Physical education and physical well-being, 1936
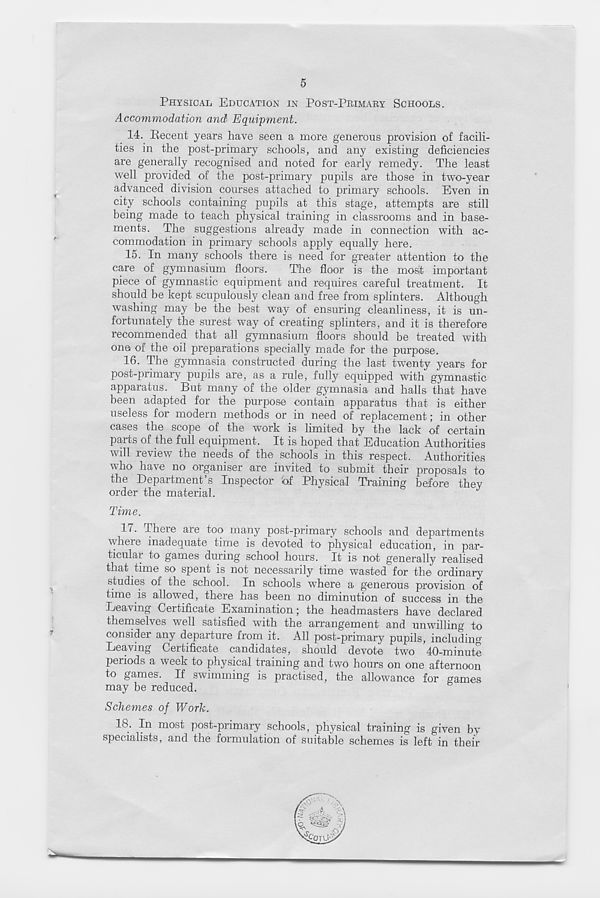
5
PHYSICAL EDUCATION IN POST-PRIMARY SCHOOLS.
Accommodation and Equipment.
14. Becent years have seen a more generous provision of facili-
ties in the post-primary schools, and any existing deficiencies
are generally recognised and noted for early remedy. The least
well provided of the post-primary pupils are those in two-year
advanced division courses attached to primary schools. Even in
city schools containing pupils at this stage, attempts are still
being made to teach physical training in classrooms and in base-
ments. The suggestions already made in connection with ac-
commodation in primary schools apply equally here.
15. In many schools there is need for greater attention to the
care of gymnasium floors.
The floor is the most important
piece of gymnastic equipment and requires careful treatment. It
should be kept scupulously clean and free from splinters. Although
washing may be the best way of ensuring cleanliness, it is un-
fortunately the surest way of creating splinters, and it is therefore
recommended that all gymnasium floors should be treated with
one of the oil preparations specially made for the purpose.
16. The gymnasia constructed during the last twenty years for
post-primary pupils are, as a rule, fully equipped with gymnastic
apparatus. But many of the older gymnasia and halls that have
been adapted for the purpose contain apparatus that is either
useless for modern methods or in need of replacement; in other
cases the scope of the work is limited by the lack of certain
parts of the full equipment. It is hoped that Education Authorities
will review the needs of the schools in this respect. Authorities
who have no organiser are invited to submit their proposals to
the Department’s Inspector of Physical Training before they
order the material.
Tune.
17. There are too many post-primary schools and departments
where inadequate time is devoted to physical education, in par-
ticular to games during school hours. It is not generally realised
that time so spent is not necessarily time wasted for the ordinary
studies of the school. In schools where a generous provision of
time is allowed, there has been no diminution of success in the
Leaving Certificate Examination; the headmasters have declared
themselves well satisfied with the arrangement and unwilling to
consider any departure from it. All post-primary pupils, including
Leaving Certificate candidates, should devote two 40-minute
periods a week to physical training and two hours on one afternoon
to games. If swimming is practised, the allowance for games
may be reduced.
Schemes of Work.
lo. In most post-primary schools, physical training is given bv
specialists, and the formulation of suitable schemes is left in their